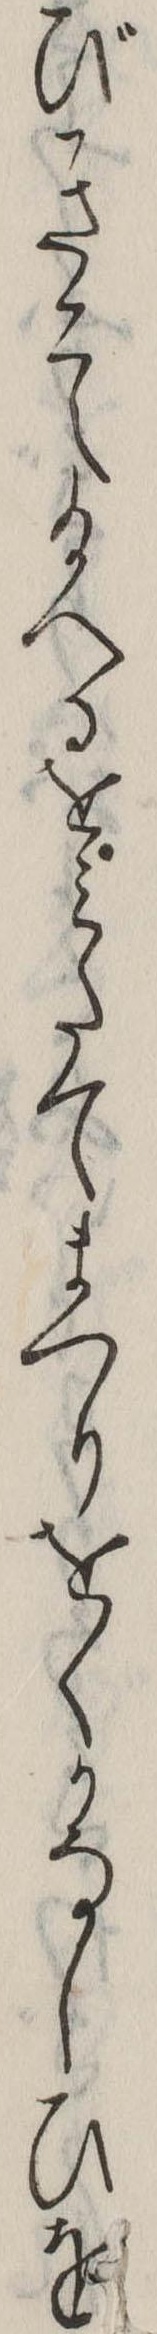
びきこえ給へるをみたてまつりをくかなしひを